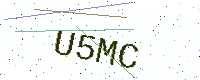
Text: U5MC